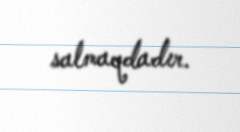
salmaqdadır.